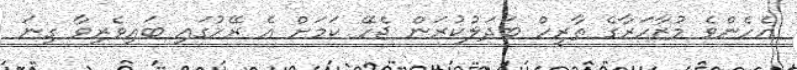
އެހެންވެ މުޒާހަރާގެ ތާރީހް ބަދަލުކުރަން ޖެހޭ ކަމަށް އެ ރޭހުގައި ބައިވެރިވާ ގިނަ